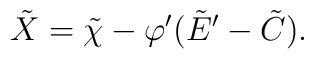
\tilde{X} = \tilde{\chi} - \varphi' (\tilde{E}' -\tilde{C}).